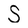
Character: S